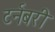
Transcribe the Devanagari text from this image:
टर्नबरी